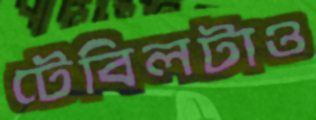
টেবিলটাও